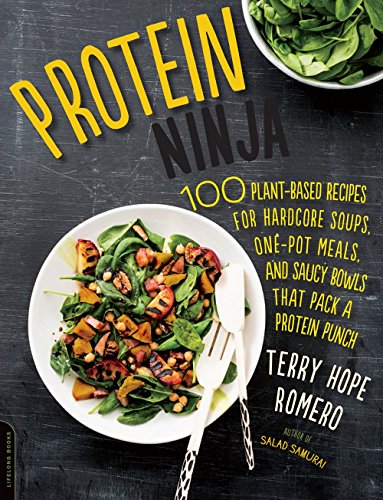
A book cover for Protein Ninja: Power through Your Day with 100 Hearty Plant-Based Recipes that Pack a Protein Punch; Terry Hope Romero; Cookbooks, Food & Wine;